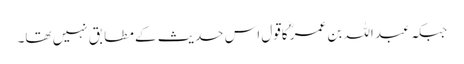
جبکہ عبد اللہ بن عمرؓ کاقول اس حدیث کے مطابق نہیں تھا۔